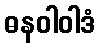
ဓနဝါဝါဒံ